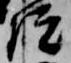
院